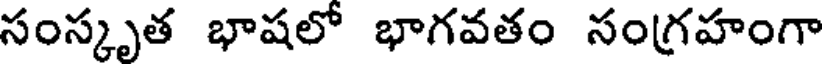
సంస్కృత భాషలో భాగవతం సంగ్రహంగా